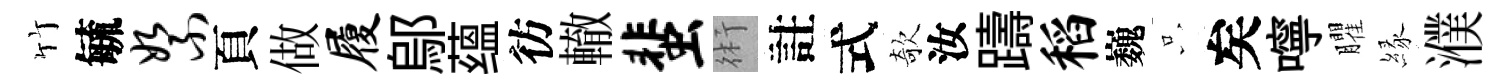
竹毓絮頁做履鄔蕴彷轍蜚術註式欹汝躊稻巍只矣嚀臞縁濮